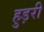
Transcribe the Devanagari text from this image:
हुड़री